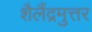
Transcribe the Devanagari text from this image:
शैलैंद्रमुत्तर